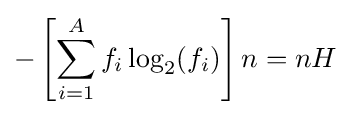
-\left[\sum _{i=1}^{A}f_{i}\log _{2}(f_{i})\right]n=nH